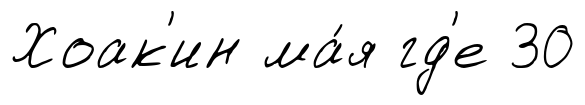
Хоак'ин ма́я гд'е 30